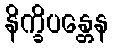
နိက္ခိပန္တေန